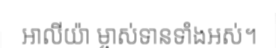
អាលីយ៉ា ម្ចាស់ទានទាំងអស់។